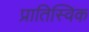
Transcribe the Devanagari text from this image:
प्रातिस्विक